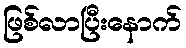
ဖြစ်လာပြီးနောက်